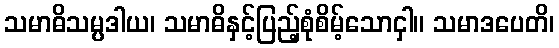
သမာဓိသမ္ပဒါယ၊ သမာဓိနှင့်ပြည့်စုံစိမ့်သောငှါ။ သမာဒပေတိ၊